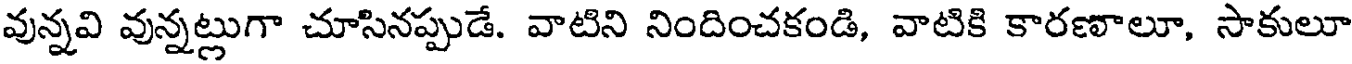
వున్నవి వున్నట్లుగా చూసినప్పుడే. వాటిని నిందించకండి, వాటికి కారణాలూ, సాకులూ